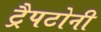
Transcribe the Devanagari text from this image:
ट्रैपटोनी